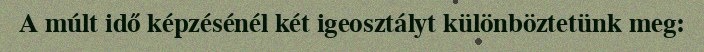
A múlt idő képzésénél két igeosztályt különböztetünk meg: